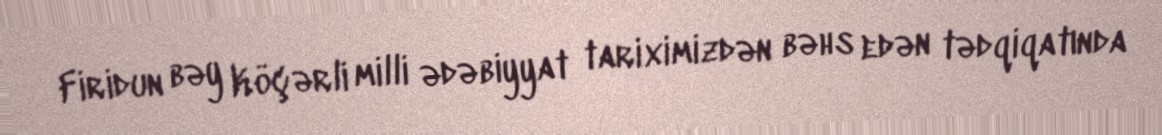
Firidun bəy Köçərli milli ədəbiyyat tariximizdən bəhs edən tədqiqatında